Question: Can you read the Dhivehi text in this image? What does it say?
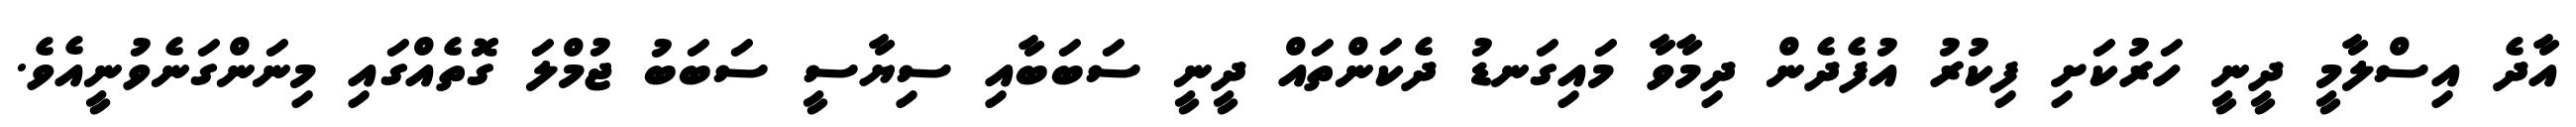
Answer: އާދެ އިސްލާމީ ދީނީ ހަރުކަށި ފިކުރު އުފެދެން ދިމާވާ މައިގަނޑު ދެކަންތައް ދީނީ ސަބަބާއި ސިޔާސީ ސަބަބު ޖުމްލަ ގޮތެއްގައި މިނަންގަނެވުނީއެވެ.